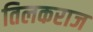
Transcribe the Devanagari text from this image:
तिलकराज